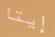
إيتا